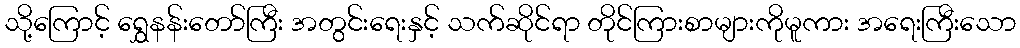
သို့ကြောင့် ရွှေနန်းတော်ကြီး အတွင်းရေးနှင့် သက်ဆိုင်ရာ တိုင်ကြားစာများကိုမူကား အရေးကြီးသော